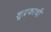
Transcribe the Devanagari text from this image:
शूद्रकाची